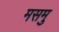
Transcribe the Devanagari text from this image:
मसमु